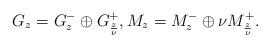
LaTeX: \begin{align*}G_z= G^-_z\oplus G^+_{\frac{z}{\nu}},M_z=M^-_z \oplus \nu M^+_{\frac{z}{\nu}}.\end{align*}